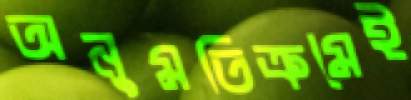
অনুমতিক্রমেই